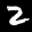
Label: 2